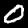
Digit: 0